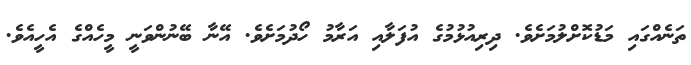
ތަނެއްގައި މަޑުކޮށްލުމަށެވެ. ދިރިއުޅުމުގެ އުފަލާއި އަރާމު ހޯދުމަށެވެ. އޭނާ ބޭނުންވަނީ މީހެއްގެ އެހީއެވެ.